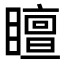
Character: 䁴